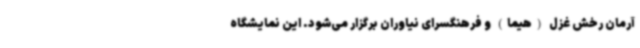
آرمان رخش غزل (هیما) و فرهنگسرای نیاوران برگزار می‌شود. این نمایشگاه